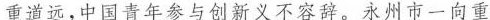
重道远，中国青年参与创新义不容辞。永州市一向重